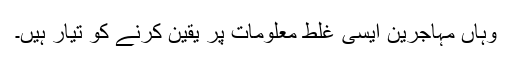
وہاں مہاجرین ایسی غلط معلومات پر یقین کرنے کو تیار ہیں۔